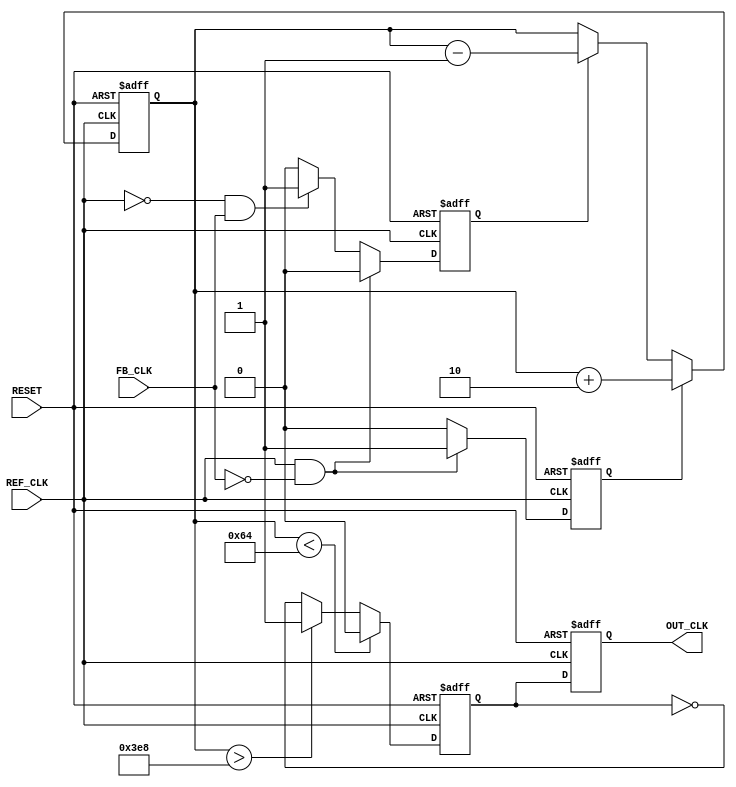
module dual_loop_PLL (
    input wire REF_CLK,      // Reference Clock
    input wire FB_CLK,       // Feedback Clock
    input wire RESET,        // Asynchronous reset
    output reg OUT_CLK       // Output Clock
);

    // Parameters
    parameter integer VCO_MIN_FREQ = 100; // Minimum VCO frequency
    parameter integer VCO_MAX_FREQ = 1000; // Maximum VCO frequency
    parameter integer LOOP_FILTER_GAIN_FAST = 2;
    parameter integer LOOP_FILTER_GAIN_SLOW = 1;

    // Internal Signals
    reg UP, DOWN;             // Control signals from PFD
    reg [7:0] control_voltage; // Control voltage for VCO
    reg vco_output;           // VCO output signal
    reg [31:0] fast_filter;   // Fast loop filter output
    reg [31:0] slow_filter;   // Slow loop filter output

    // Phase-Frequency Detector (PFD)
    always @(posedge REF_CLK or posedge RESET) begin
        if (RESET) begin
            UP <= 0;
            DOWN <= 0;
        end else begin
            // Simple PFD logic for demonstration
            if (REF_CLK && !FB_CLK) begin
                UP <= 1; // REF_CLK leads FB_CLK
                DOWN <= 0;
            end else if (!REF_CLK && FB_CLK) begin
                UP <= 0;
                DOWN <= 1; // FB_CLK leads REF_CLK
            end else begin
                UP <= 0;
                DOWN <= 0; // No phase difference
            end
        end
    end

    // Charge Pump (Simple Logic)
    always @(posedge REF_CLK or posedge RESET) begin
        if (RESET) begin
            control_voltage <= 8'd0;
        end else begin
            if (UP) begin
                control_voltage <= control_voltage + LOOP_FILTER_GAIN_FAST;
            end else if (DOWN) begin
                control_voltage <= control_voltage - LOOP_FILTER_GAIN_SLOW;
            end
        end
    end

    // Loop Filters (Fast and Slow)
    always @(posedge REF_CLK or posedge RESET) begin
        if (RESET) begin
            fast_filter <= 32'd0;
            slow_filter <= 32'd0;
        end else begin
            // Fast Loop Filter
            fast_filter <= (fast_filter * 7) / 8 + control_voltage;

            // Slow Loop Filter
            slow_filter <= (slow_filter * 3) / 4 + control_voltage;
        end
    end

    // Voltage-Controlled Oscillator (VCO)
    always @(posedge REF_CLK or posedge RESET) begin
        if (RESET) begin
            vco_output <= 0;
        end else begin
            // Output frequency is determined by control voltage
            // This is a simple example; actual implementation will vary
            vco_output <= (control_voltage < VCO_MIN_FREQ) ? 0 : 
                          (control_voltage > VCO_MAX_FREQ) ? 1 : 
                          (vco_output ^ 1); // Toggle output based on voltage
        end
    end

    // Feedback Path and Output Stage
    always @(posedge REF_CLK or posedge RESET) begin
        if (RESET) begin
            OUT_CLK <= 0;
        end else begin
            OUT_CLK <= vco_output; // Output the VCO signal
        end
    end

endmodule